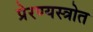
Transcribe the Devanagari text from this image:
प्रेरण्यस्त्रोत